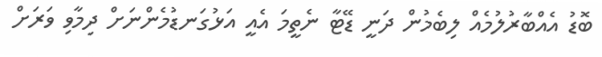
ބޮޑު އެއްބާރުލުމެއް ލިބެމުން ދަނީ ޑޭޓާ ނެތީމަ އެއީ އަޅުގަނޑުމެންނަށް ދިމާވި ވަރަށް